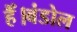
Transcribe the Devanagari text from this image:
हैँ।बंडोल